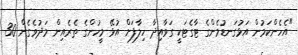
"އެހެންކަމުން އަޅުގަނޑުމެންގެ ޓާގެޓަކީ ގަވާއިދާ ހިލާފަށް އުޅޭ މީހުންގެ ތެރެއިން މަދުވެގެން 30